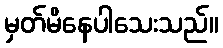
မှတ်မိနေပါသေးသည်။